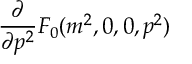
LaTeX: \frac { \partial } { \partial p ^ { 2 } } { \cal { F } } _ { 0 } ( m ^ { 2 } , 0 , 0 , p ^ { 2 } )